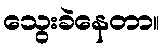
သွေးခဲနေတာ။